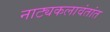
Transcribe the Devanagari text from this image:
नाट्यकलावंतांत